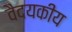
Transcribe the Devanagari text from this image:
वैदयकीय